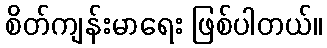
စိတ်ကျန်းမာရေး ဖြစ်ပါတယ်။